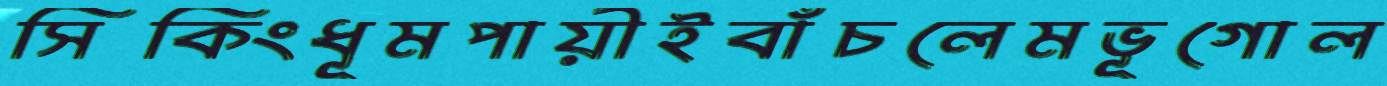
সিকিংধূমপায়ীইবাঁচলেমভূগোল